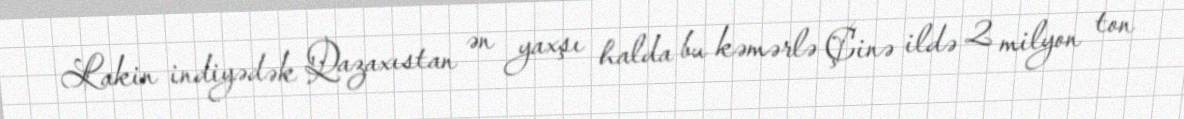
Lakin indiyədək Qazaxıstan ən yaxşı halda bu kəmərlə Çinə ildə 2 milyon ton